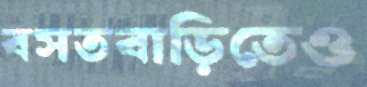
বসতবাড়িতেও